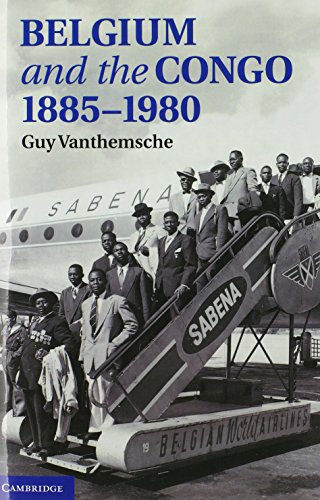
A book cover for Belgium and the Congo, 1885-1980; Guy Vanthemsche; History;